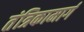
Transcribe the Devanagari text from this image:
तंत्रिकामार्ग